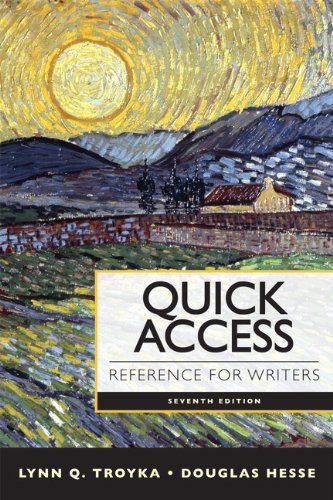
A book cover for Quick Access Reference for Writers (7th Edition); Lynn Q. Troyka; Reference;